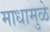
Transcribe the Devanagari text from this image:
माधामुळे